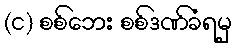
(င) စစ်ဘေး စစ်ဒဏ်ခံရမှ